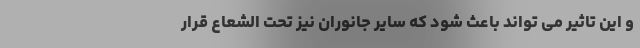
و این تاثیر می تواند باعث شود که سایر جانوران نیز تحت الشعاع قرار